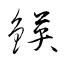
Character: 鍈